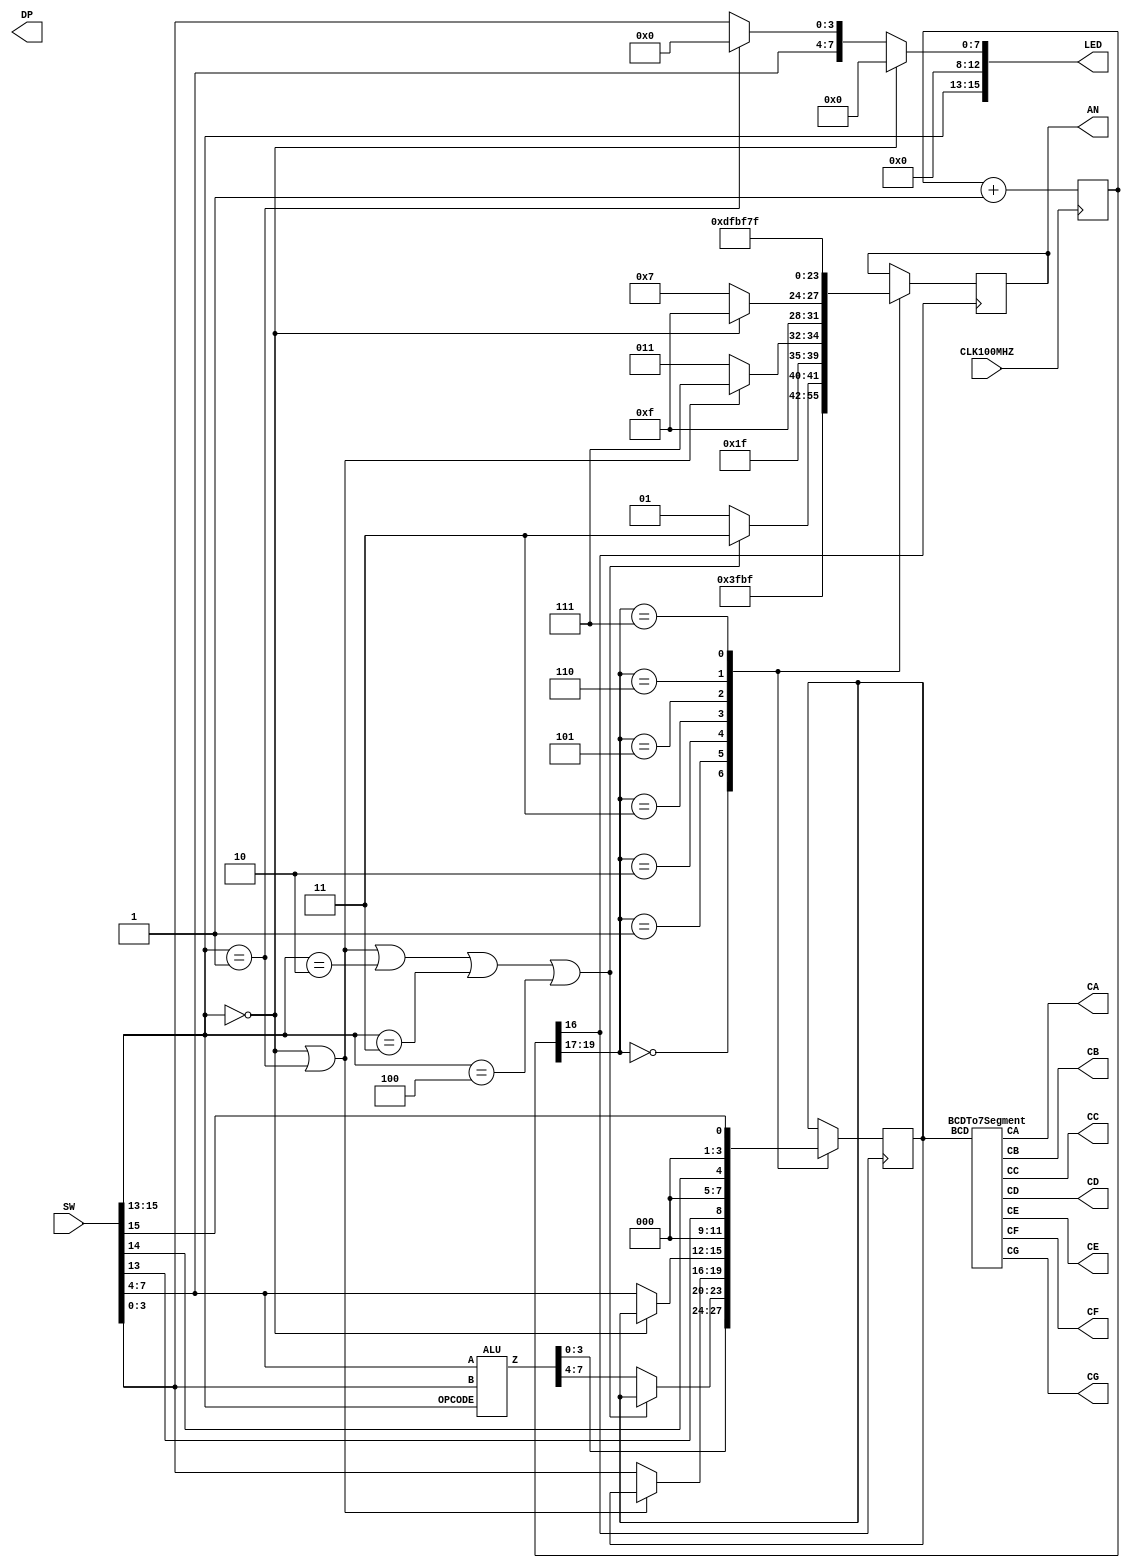
`timescale 1ns / 1ps

module TOP_module(
    input CLK100MHZ,
    input [15:0]SW,
    output CA,
    output CB,
    output CC,
    output CD,
    output CE,
    output CF,
    output CG,
    output DP,
    output reg [7:0] AN,
    output reg [15:0] LED
    );
    
    reg [3:0] BCD; // 4 Switch bit to make 7-segment
    wire [7:0] ALU_result; // Save alu result output
    reg[19:0] clkcnt; // Reduce multiplexing frequency for display
    
    ALU alu (
        .A(SW[7:4]),
        .B(SW[3:0]),
        .OPCODE(SW[15:13]),
        .Z(ALU_result)
    );
    
    BCDTo7Segment bcd_to_7seg(
        .BCD(BCD),
        .CA(CA),
        .CB(CB),
        .CC(CC),
        .CD(CD),
        .CE(CE),
        .CF(CF),
        .CG(CG)
    );
    
    // LED logic
    always @(*) begin
        // If OPCODE is 3'b000 LED OFF except OPCODE LED
        if (SW[15:13] == 3'b000) begin
            LED = {SW[15:13], 13'b0000000000000};
        end
        // If OPCODE is 3'b001 LED OFF except OPCODE LED and A LED
        else if(SW[15:13] == 3'b001) begin
            LED = {SW[15:13], 5'b00000, SW[7:4], 4'b0000};
        end
        else begin
            LED = {SW[15:13], 5'b00000, SW[7:0]};
        end
    end
    
    // Clock division logic
    always @(posedge CLK100MHZ) begin
        clkcnt <= clkcnt + 1;
    end
    
    // Multiplexing logic for 7-segment display
    always @(posedge clkcnt[16]) begin
        case (clkcnt[19:17])
            // Result lower bit
            3'b000: begin
                AN <= 8'b11111110;
                BCD <= ALU_result[3:0]; // ALU result lower
            end
            // Result higher bit
            3'b001: begin
                // if OPCODE is 3'b000, 001, 010, 011, 100 turn off upper bit
                if((SW[15:13] == 3'b000) || (SW[15:13] == 3'b001) || (SW[15:13] == 3'b010) || (SW[15:13] == 3'b011) || (SW[15:13] == 3'b100)) begin
                    AN <= 8'b11111111; // Turn off
                end
                else begin
                    AN <= 8'b11111101;
                    BCD <= ALU_result[7:4]; // ALU result upper
                end
            end
            // B bit
            3'b010: begin
                // if OPCODE is 000, 001 (NO B)
                if((SW[15:13] == 3'b000) || (SW[15:13] == 3'b001)) begin
                    AN <= 8'b11111111; // Turn off
                end
                else begin
                    AN <= 8'b11111011;
                    BCD <= SW[3:0]; // Operand B
                end
            end
            // A bit
            3'b011: begin
                // if OPCODE is 000
                if(SW[15:13] == 3'b000) begin
                    AN <= 8'b11111111; // Turn off
                end
                else begin
                    AN <= 8'b11110111;
                    BCD <= SW[7:4]; // Operand A
                end
            end
            // OPCODE lower bit
            3'b101: begin
                AN <= 8'b11011111;
                BCD <= {3'b000, SW[13]}; // SW[13]
            end
            // OPCODE middle bit
            3'b110: begin
                AN <= 8'b10111111;
                BCD <= {3'b000, SW[14]}; // SW[14]
            end
            // OPCODE upper bit
            3'b111: begin
                AN <= 8'b01111111;
                BCD <= {3'b000, SW[15]}; // SW[15]
            end
        endcase
    end

endmodule

module ALU(
    input signed [3:0] A,
    input signed[3:0] B,
    input [2:0] OPCODE,
    output reg [7:0] Z
);

    reg signed [4:0] temp_result; // 5 bit temporary result for addition and subtraction

    always @(*) begin
        case (OPCODE)
            3'b000: Z = 0;                  // Zero
            3'b001: Z = {4'b0000, ~A};      // Not A
            3'b010: Z = {4'b0000, A & B};   // Bitwise And
            3'b011: Z = {4'b0000, A | B};   // Bitwise OR
            3'b100: Z = {4'b0000, A ^ B};   // Bitwise XOR
            3'b101: begin                   // Signed Addition
                temp_result = A+B;
                Z = {3'b000, temp_result};   
            end
            3'b110: begin                   // Signed Subtraction
                temp_result = A-B;
                Z = {3'b000, temp_result};    
            end
            3'b111: Z = A * B;              // Signed Multiplication
        endcase
    end
endmodule


module BCDTo7Segment(
    input [3:0] BCD,
    output reg CA,
    output reg CB,
    output reg CC,
    output reg CD,
    output reg CE,
    output reg CF,
    output reg CG
);

    always @(*) begin
        case (BCD)
            4'b0000: {CA, CB, CC, CD, CE, CF, CG} = 7'b0000001; // 0
            4'b0001: {CA, CB, CC, CD, CE, CF, CG} = 7'b1001111; // 1
            4'b0010: {CA, CB, CC, CD, CE, CF, CG} = 7'b0010010; // 2
            4'b0011: {CA, CB, CC, CD, CE, CF, CG} = 7'b0000110; // 3
            4'b0100: {CA, CB, CC, CD, CE, CF, CG} = 7'b1001100; // 4
            4'b0101: {CA, CB, CC, CD, CE, CF, CG} = 7'b0100100; // 5
            4'b0110: {CA, CB, CC, CD, CE, CF, CG} = 7'b0100000; // 6
            4'b0111: {CA, CB, CC, CD, CE, CF, CG} = 7'b0001111; // 7
            4'b1000: {CA, CB, CC, CD, CE, CF, CG} = 7'b0000000; // 8
            4'b1001: {CA, CB, CC, CD, CE, CF, CG} = 7'b0000100; // 9
            4'b1010: {CA, CB, CC, CD, CE, CF, CG} = 7'b0001000; // A
            4'b1011: {CA, CB, CC, CD, CE, CF, CG} = 7'b1100000; // b
            4'b1100: {CA, CB, CC, CD, CE, CF, CG} = 7'b0110001; // C
            4'b1101: {CA, CB, CC, CD, CE, CF, CG} = 7'b1000010; // d
            4'b1110: {CA, CB, CC, CD, CE, CF, CG} = 7'b0110000; // E
            4'b1111: {CA, CB, CC, CD, CE, CF, CG} = 7'b0111000; // F
            default: {CA, CB, CC, CD, CE, CF, CG} = 7'b1111111; // All off
        endcase
    end

endmodule